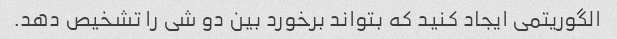
الگوریتمی ایجاد کنید که بتواند برخورد بین دو شی را تشخیص دهد.